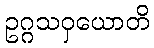
ဥဂ္ဂသဝှယောတိ